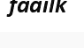
faailk